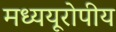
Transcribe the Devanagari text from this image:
मध्ययूरोपीय